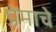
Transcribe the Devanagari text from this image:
प्रेंमाचे